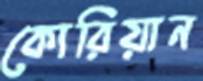
কোরিয়ান